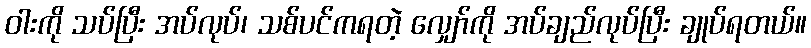
ဝါးကို သပ်ပြီး အပ်လုပ်၊ သစ်ပင်ကရတဲ့ လျှော်ကို အပ်ချည်လုပ်ပြီး ချုပ်ရတယ်။